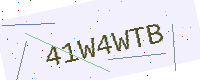
Text: 41W4WTB